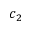
c _ { 2 }